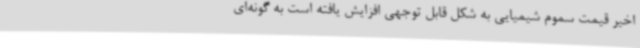
اخیر قیمت سموم شیمیایی به شکل قابل توجهی افزایش یافته است به گونه‌ای